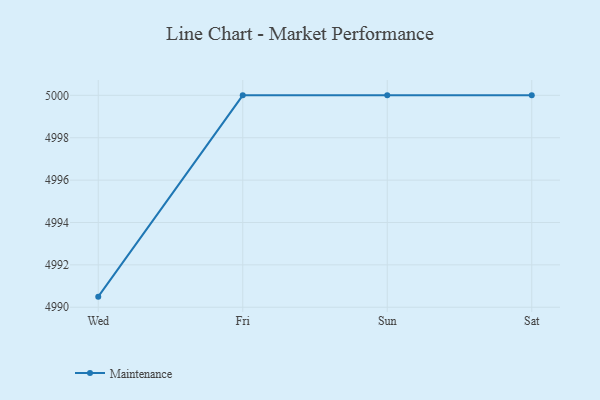
{"axis": {"x": "Day", "y": "Inventory Turnover"}, "legend": ["Maintenance"], "data": [{"x": "Wed", "y": 4990.5, "type": "Maintenance"}, {"x": "Fri", "y": 5000, "type": "Maintenance"}, {"x": "Sun", "y": 5000, "type": "Maintenance"}, {"x": "Sat", "y": 5000, "type": "Maintenance"}]}